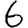
Digit: 6